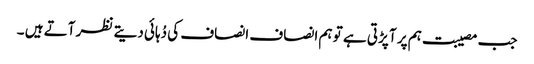
جب مصیبت ہم پر آ پڑتی ہے تو ہم انصاف انصاف کی دُہائی دیتے نظر آتے ہیں ۔